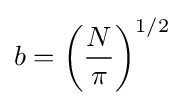
b=\left({\frac {N}{\pi }}\right)^{1/2}\;